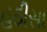
હઠીસા